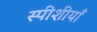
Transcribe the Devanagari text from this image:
स्पीशीयाँ